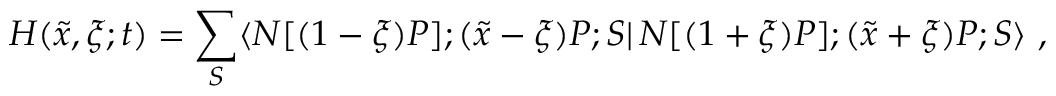
H ( \tilde { x } , \xi ; t ) = \sum _ { S } \langle N [ ( 1 - \xi ) P ] ; ( \tilde { x } - \xi ) P ; S | \, N [ ( 1 + \xi ) P ] ; ( \tilde { x } + \xi ) P ; S \rangle \ ,